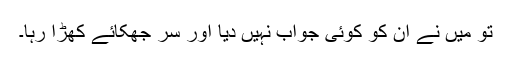
تو میں نے ان کو کوئی جواب نہیں دیا اور سر جھکائے کھڑا رہا۔